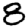
Digit: 8